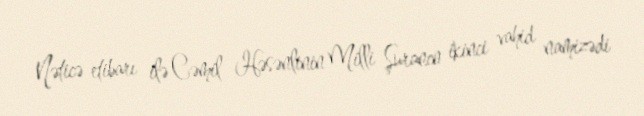
Nəticə etibarı ilə Cəmil Həsənlinin Milli Şuranın ikinci vahid namizədi